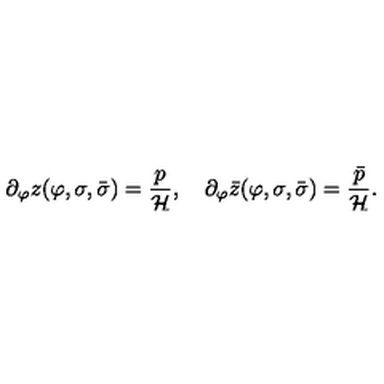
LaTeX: \partial _ { \varphi } z ( \varphi , \sigma , \bar { \sigma } ) = \frac { p } { \cal H } , \quad \partial _ { \varphi } \bar { z } ( \varphi , \sigma , \bar { \sigma } ) = \frac { \bar { p } } { \cal H } .